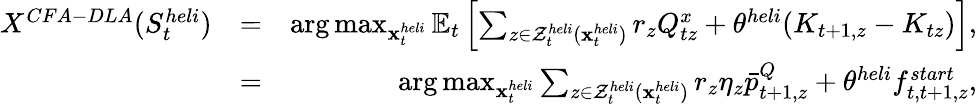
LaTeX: \begin{array}{rlr}{X^{CFA-DLA}(S_{t}^{heli})}&{=}&{\mathrm{arg}\operatorname*{max}_{{\mathbf{x}}_{t}^{heli}}\mathbb{E}_{t}\left[\sum_{z\in{\cal Z}_{t}^{heli}({\mathbf{x}}_{t}^{heli})}r_{z}Q_{tz}^{x}+\theta^{heli}(K_{t+1,z}-K_{tz})\right],}\\ &{=}&{\mathrm{arg}\operatorname*{max}_{{\mathbf{x}}_{t}^{heli}}\sum_{z\in{\cal Z}_{t}^{heli}({\mathbf{x}}_{t}^{heli})}r_{z}\eta_{z}\bar{p}_{t+1,z}^{Q}+\theta^{heli}f_{t,t+1,z}^{start},}\end{array}